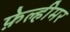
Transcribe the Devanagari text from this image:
फ़ेल्हीमर